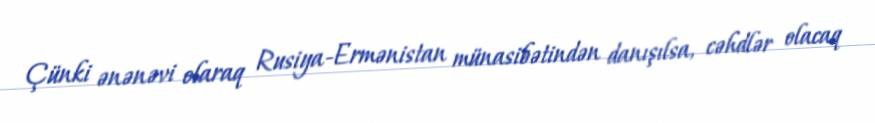
Çünki ənənəvi olaraq Rusiya-Ermənistan münasibətindən danışılsa, cəhdlər olacaq